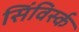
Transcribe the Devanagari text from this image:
सिंविर्स्क